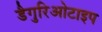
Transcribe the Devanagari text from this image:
डैगुरिओटाइप